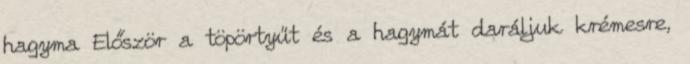
hagyma Először a töpörtyűt és a hagymát daráljuk krémesre,